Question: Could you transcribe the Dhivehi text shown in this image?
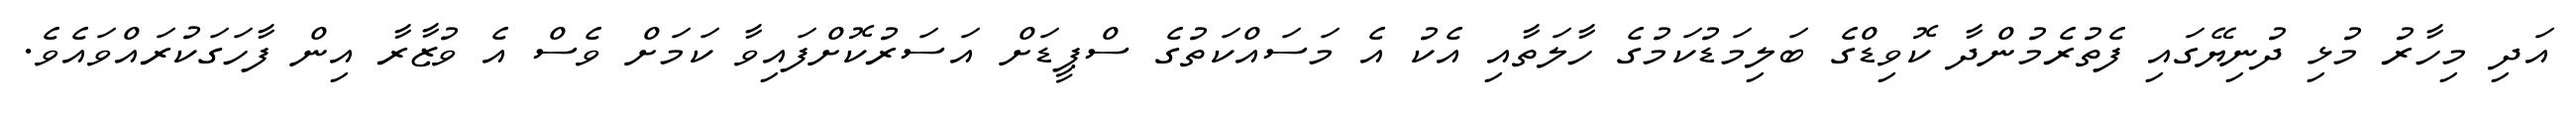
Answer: އަދި މިހާރު މުޅި ދުނިޔޭގައި ފެތުރެމުންދާ ކޮވިޑްގެ ބަލިމަޑުކަމުގެ ހާލަތާއި އެކު އެ މަސައްކަތުގެ ސްޕީޑަށް އަސަރުކޮށްފައިވާ ކަމަށް ވެސް އެ ވުޒާރާ އިން ފާހަގަކުރައްވައެވެ.